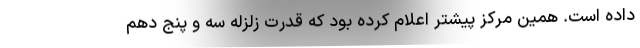
داده است. همین مرکز پیشتر اعلام کرده بود که قدرت زلزله سه و پنج دهم